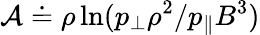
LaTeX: \mathcal{A}\doteq\rho\ln(p_{\perp}\rho^{2}/p_{\| }B^{3})